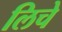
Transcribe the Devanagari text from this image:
लिचे